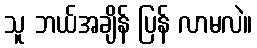
သူ ဘယ်အချိန် ပြန် လာမလဲ။